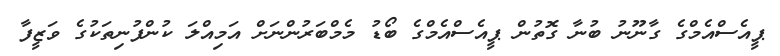
ޕީއެސްއެމްގެ ގާނޫނު ބުނާ ގޮތުން ޕީއެސްއެމްގެ ބޯޑު މެމްބަރުންނަށް އަމިއްލަ ކުންފުނިތަކުގެ ވަޒީފާ